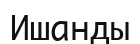
Ишанды